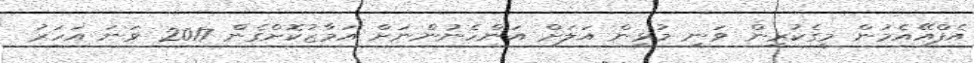
އެފްއޭއެމުން މީގެކުރިން ވަނީ މުޅިން އަލަށް އަންހެނުންނަށް އަމާޒުކޮށްގެން 2017 ވަނަ އަހަރު